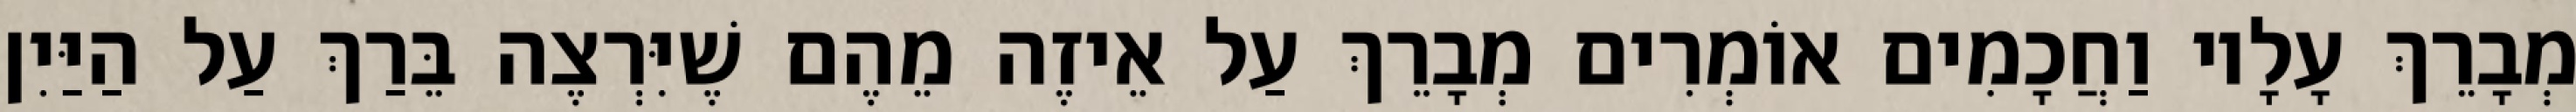
מְבָרֵךְ עָלָיו וַחֲכָמִים אוֹמְרִים מְבָרֵךְ עַל אֵיזֶה מֵהֶם שֶׁיִּרְצֶה בֵּרַךְ עַל הַיַּיִן